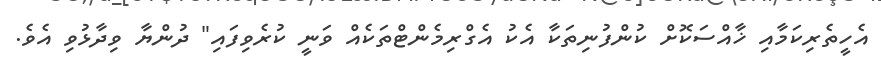
އެހީތެރިކަމާއި ޚާއްސަކޮށް ކުންފުނިތަކާ އެކު އެގްރިމެންޓްތަކެއް ވަނީ ކުރެވިފައި" ދުންޔާ ވިދާޅުވި އެވެ.